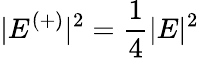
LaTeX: |E^{(+)}|^{2}=\frac{1}{4}|E|^{2}